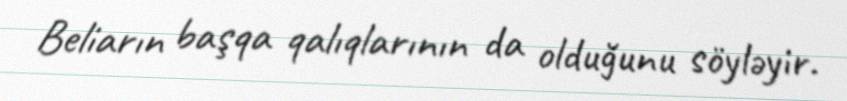
Beliarın başqa qalıqlarının da olduğunu söyləyir.